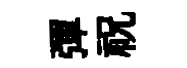
彈祝